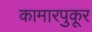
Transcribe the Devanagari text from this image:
कामारपुकूर